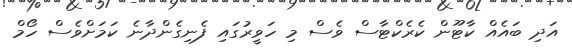
އަދި ބައެއް ކާޓޫން ކެރެކްޓާސް ވެސް މި ހަވީރުގައި ފެނިގެންދާނެ ކަމަށްވެސް ހޯމް